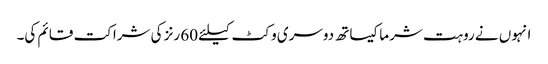
انہوں نے روہت شرما کیساتھ دوسری وکٹ کیلئے 60 رنز کی شراکت قائم کی۔